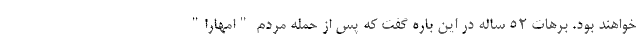
خواهند بود. برهات 52 ساله در این باره گفت که پس از حمله مردم "امهارا"